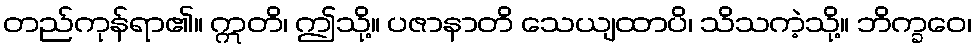
တည်ကုန်ရာ၏။ ဣတိ၊ ဤသို့။ ပဇာနာတိ သေယျထာပိ၊ သိသကဲ့သို့။ ဘိက္ခဝေ၊